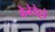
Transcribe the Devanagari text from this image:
बेनेडेट्टो